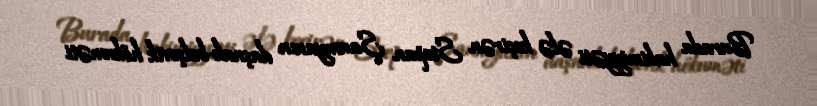
Burada hakimiyyəti ələ keçirən Stepan Şaumyanın daşnak-bolşevik hökuməti